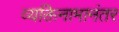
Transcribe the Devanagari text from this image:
व्यक्तिनामानंतर